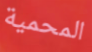
المحمية